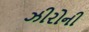
ઝીરોની